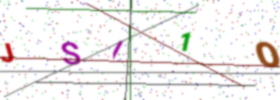
Text: JSI1O